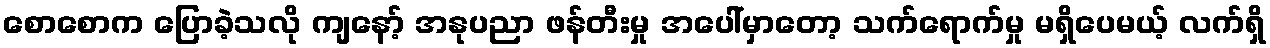
စောစောက ပြောခဲ့သလို ကျနော့် အနုပညာ ဖန်တီးမှု အပေါ်မှာတော့ သက်ရောက်မှု မရှိပေမယ့် လက်ရှိ